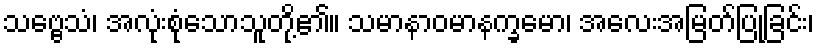
သဗ္ဗေသံ၊ အလုံးစုံသောသူတို့၏။ သမာနာဝမာနက္ခမော၊ အလေးအမြတ်ပြုခြင်း၊